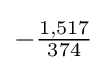
-{\tfrac {1,517}{374}}